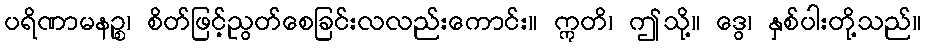
ပရိဏာမနဉ္စ၊ စိတ်ဖြင့်ညွတ်စေခြင်းလလည်းကောင်း။ ဣတိ၊ ဤသို့။ ဒွေ၊ နှစ်ပါးတို့သည်။